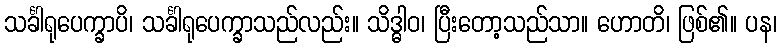
သင်္ခါရုပေက္ခာပိ၊ သင်္ခါရုပေက္ခာသည်လည်း။ သိဒ္ဓါဝ၊ ပြီးတော့သည်သာ။ ဟောတိ၊ ဖြစ်၏။ ပန၊